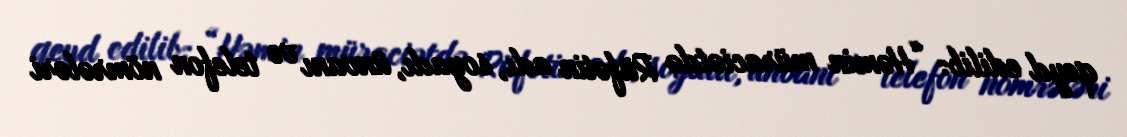
qeyd edilib: “Həmin müraciətdə Rüfətin adı, soyadı, ünvanı və telefon nömrələri